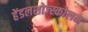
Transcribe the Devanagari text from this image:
हेंडलशोज्स्कोलन